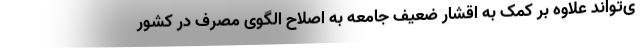
ی‌تواند علاوه بر کمک به اقشار ضعیف جامعه به اصلاح الگوی مصرف در کشور